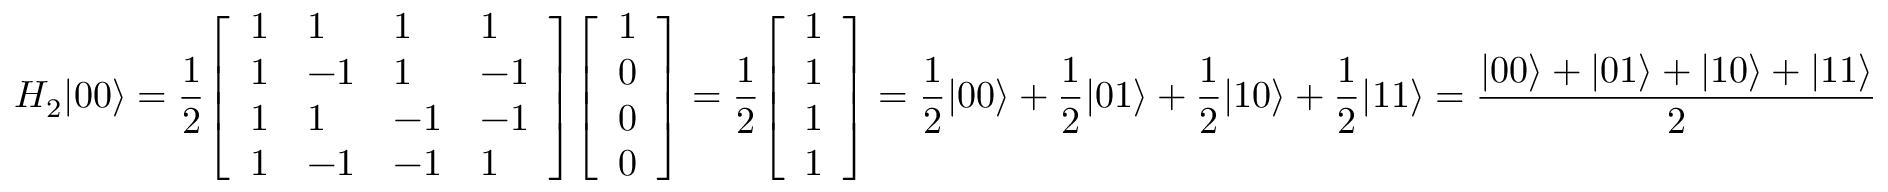
H _ { 2 } | 0 0 \rangle = { \frac { 1 } { 2 } } { \left[ \begin{array} { l l l l } { 1 } & { 1 } & { 1 } & { 1 } \\ { 1 } & { - 1 } & { 1 } & { - 1 } \\ { 1 } & { 1 } & { - 1 } & { - 1 } \\ { 1 } & { - 1 } & { - 1 } & { 1 } \end{array} \right] } { \left[ \begin{array} { l } { 1 } \\ { 0 } \\ { 0 } \\ { 0 } \end{array} \right] } = { \frac { 1 } { 2 } } { \left[ \begin{array} { l } { 1 } \\ { 1 } \\ { 1 } \\ { 1 } \end{array} \right] } = { \frac { 1 } { 2 } } | 0 0 \rangle + { \frac { 1 } { 2 } } | 0 1 \rangle + { \frac { 1 } { 2 } } | 1 0 \rangle + { \frac { 1 } { 2 } } | 1 1 \rangle = { \frac { | 0 0 \rangle + | 0 1 \rangle + | 1 0 \rangle + | 1 1 \rangle } { 2 } }